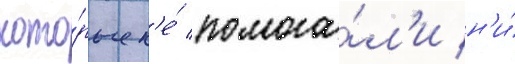
кото́рые н'е́ помога́л'и н'и́